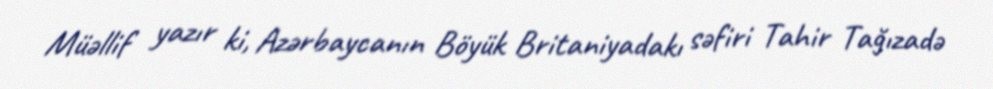
Müəllif yazır ki, Azərbaycanın Böyük Britaniyadakı səfiri Tahir Tağızadə